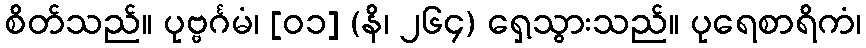
စိတ်သည်။ ပုဗ္ဗင်္ဂမံ၊ [၀၁] (နိ၊ ၂၆၄) ရှေ့သွားသည်။ ပုရေစာရိကံ၊